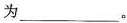
为___。